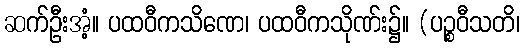
ဆက်ဦးအံ့။ ပထဝီကသိဏေ၊ ပထဝီကသိုဏ်း၌။ (ပဉ္စဝီသတိ၊